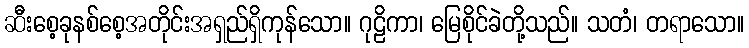
ဆီးစေ့ခုနစ်စေ့အတိုင်းအရှည်ရှိကုန်သော။ ဂုဠိကာ၊ မြေစိုင်ခဲတို့သည်။ သတံ၊ တရာသော။